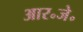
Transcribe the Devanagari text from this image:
आर॰जे॰